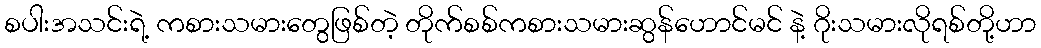
စပါးအသင်းရဲ့ ကစားသမားတွေဖြစ်တဲ့ တိုက်စစ်ကစားသမားဆွန်ဟောင်မင် နဲ့ ဂိုးသမားလိုရစ်တို့ဟာ